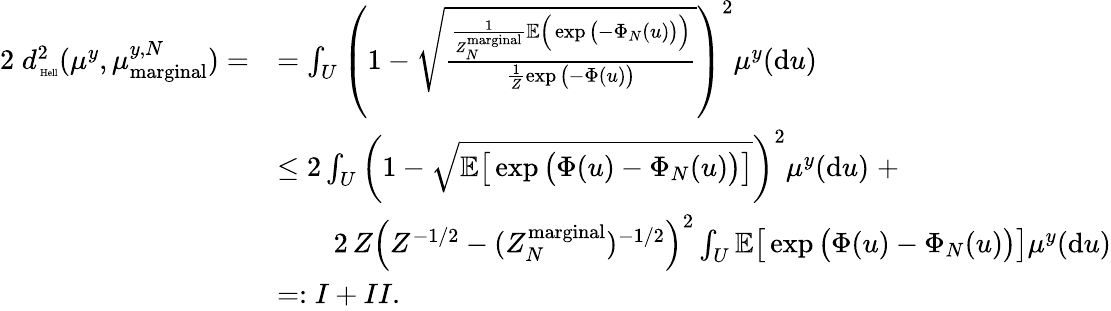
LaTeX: \begin{array}{rl}{2\; d_{\mathrm{\tiny\mathrm{~Hell}}}^{2}(\mu^{y},\mu_{\mathrm{marginal}}^{y,N})=}&{=\int_{U}\left(1-\sqrt{\frac{\frac{1}{Z_{N}^{\mathrm{marginal}}}\mathbb{E}\Big(\exp\big(-\Phi_{N}(u)\big)\Big)}{\frac{1}{Z}\exp\big(-\Phi(u)\big)}}\right)^{2}\mu^{y}(\mathrm{d}u)}\\ &{\leq 2\int_{U}\left(1-\sqrt{\mathbb{E}\big[\exp\big(\Phi(u)-\Phi_{N}(u)\big)\big]}\right)^{2}\mu^{y}(\mathrm{d}u)\; +}\\ &{\qquad 2\, Z\left(Z^{-1/2}-(Z_{N}^{\mathrm{marginal}})^{-1/2}\right)^{2}\int_{U}\mathbb{E}\big[\exp\big(\Phi(u)-\Phi_{N}(u)\big)\big]\mu^{y}(\mathrm{d}u)}\\ &{=:I+II.}\end{array}